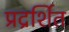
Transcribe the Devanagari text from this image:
प्रद्रर्शित